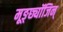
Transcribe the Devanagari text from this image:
मूङ्छ्यॉजिन्